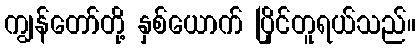
ကျွန်တော်တို့ နှစ်ယောက် ပြိုင်တူရယ်သည်။